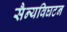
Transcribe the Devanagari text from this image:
सैन्यविघटन